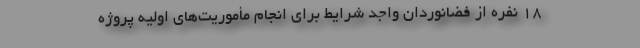
۱۸ نفره از فضانوردان واجد شرایط برای انجام مأموریت‌های اولیه پروژه